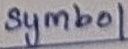
Text: symbol